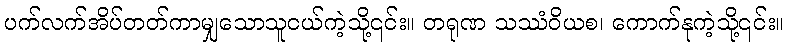
ပက်လက်အိပ်တတ်ကာမျှသောသူငယ်ကဲ့သို့၎င်း။ တရုဏ သဿံဝိယစ၊ ကောက်နုကဲ့သို့၎င်း။